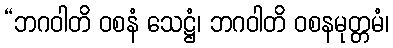
“ဘဂဝါတိ ဝစနံ သေဋ္ဌံ၊ ဘဂဝါတိ ဝစနမုတ္တမံ၊